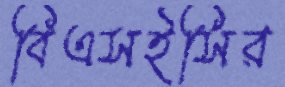
বিএসইসির